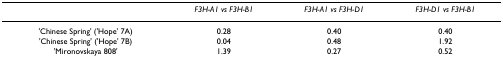
<table><thead><tr><td></td><td><b><i>F3H-A1 vs F3H-B1</i></b></td><td><b><i>F3H-A1 vs F3H-D1</i></b></td><td><b><i>F3H-D1 vs F3H-B1</i></b></td></tr></thead><tbody><tr><td>&#x27;Chinese Spring&#x27; (&#x27;Hope&#x27; 7A)</td><td>0.28</td><td>0.40</td><td>0.40</td></tr><tr><td>&#x27;Chinese Spring&#x27; (&#x27;Hope&#x27; 7B)</td><td>0.04</td><td>0.48</td><td>1.92</td></tr><tr><td>&#x27;Mironovskaya 808&#x27;</td><td>1.39</td><td>0.27</td><td>0.52</td></tr></tbody></table>